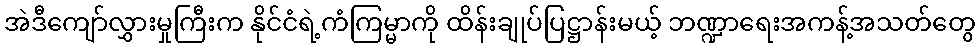
အဲဒီကျော်လွှားမှုကြီးက နိုင်ငံရဲ့ကံကြမ္မာကို ထိန်းချုပ်ပြဋ္ဌာန်းမယ့် ဘဏ္ဍာရေးအကန့်အသတ်တွေ